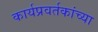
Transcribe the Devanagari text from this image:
कार्यप्रवर्तकांच्या